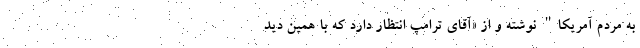
به مردم آمریکا" نوشته و از «آقای ترامپ انتظار دارد که با همین دید